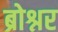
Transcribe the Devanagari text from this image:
ब्रोश्नर